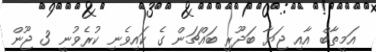
އަމީތާބް އާއި ޖަޔާ ބަދޫރީ ބައްޗަން ގެ ކައިވެނި ކުރެވުނީ 3 ޖޫން